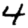
Digit: 4